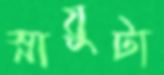
স্নায়ুটা